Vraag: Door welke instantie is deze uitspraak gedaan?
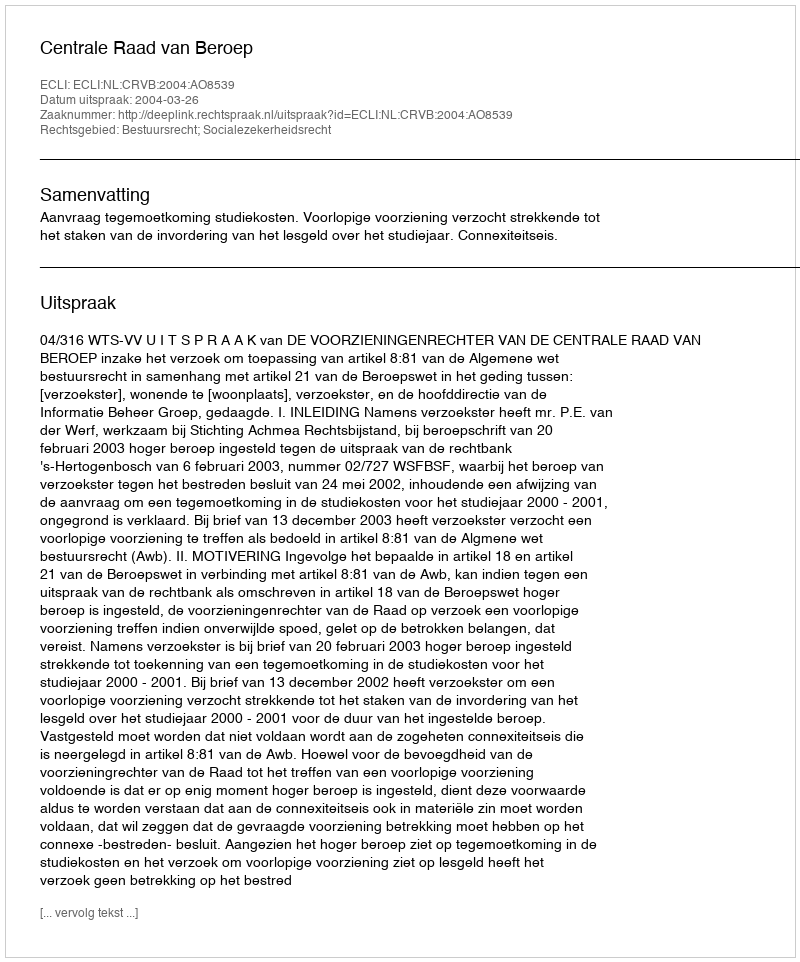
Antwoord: Centrale Raad van Beroep